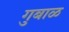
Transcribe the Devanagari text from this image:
गुबाळ